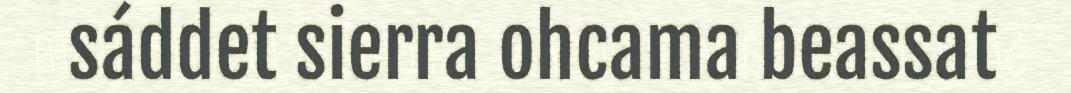
sáddet sierra ohcama beassat